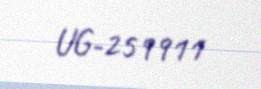
UG-259911